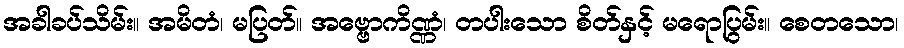
အခါခပ်သိမ်း။ အမိတံ၊ မပြတ်။ အဗ္ဗောကိဏ္ဏံ၊ တပါးသော စိတ်နှင့် မရောပြွမ်း။ စေတသော၊